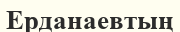
Ерданаевтың